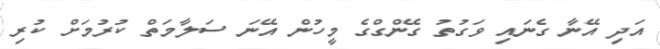
އަދި އޭނާ ގެނައި ވަގުތު ގޭންގްގެ މީހުން އޭނަ ސަލާމަތް ކުރުމަށް ކުރި